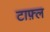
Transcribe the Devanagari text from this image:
टाफ़्ल